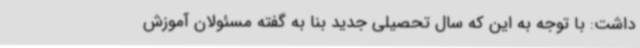
داشت: با توجه به این که سال تحصیلی جدید بنا به گفته مسئولان آموزش